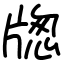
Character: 牎